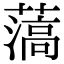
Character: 薃